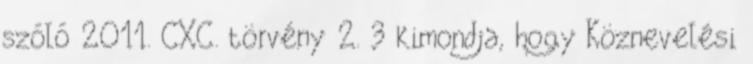
szóló 2011. CXC. törvény 2. 3 kimondja, hogy Köznevelési